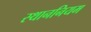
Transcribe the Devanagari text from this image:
स्थाननियम